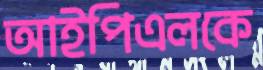
আইপিএলকে